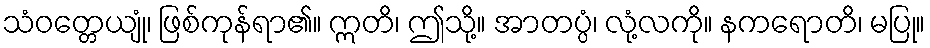
သံဝတ္တေယျုံ၊ ဖြစ်ကုန်ရာ၏။ ဣတိ၊ ဤသို့။ အာတပ္ပံ၊ လုံ့လကို။ နကရောတိ၊ မပြု။